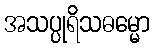
အသပ္ပုရိသဓမ္မော